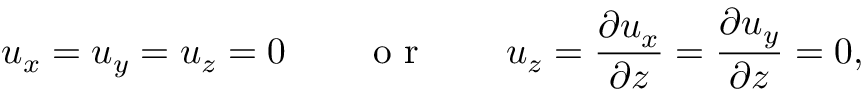
u _ { x } = u _ { y } = u _ { z } = 0 \qquad \textrm { o r } \qquad u _ { z } = \frac { \partial u _ { x } } { \partial z } = \frac { \partial u _ { y } } { \partial z } = 0 ,